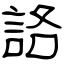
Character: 詻